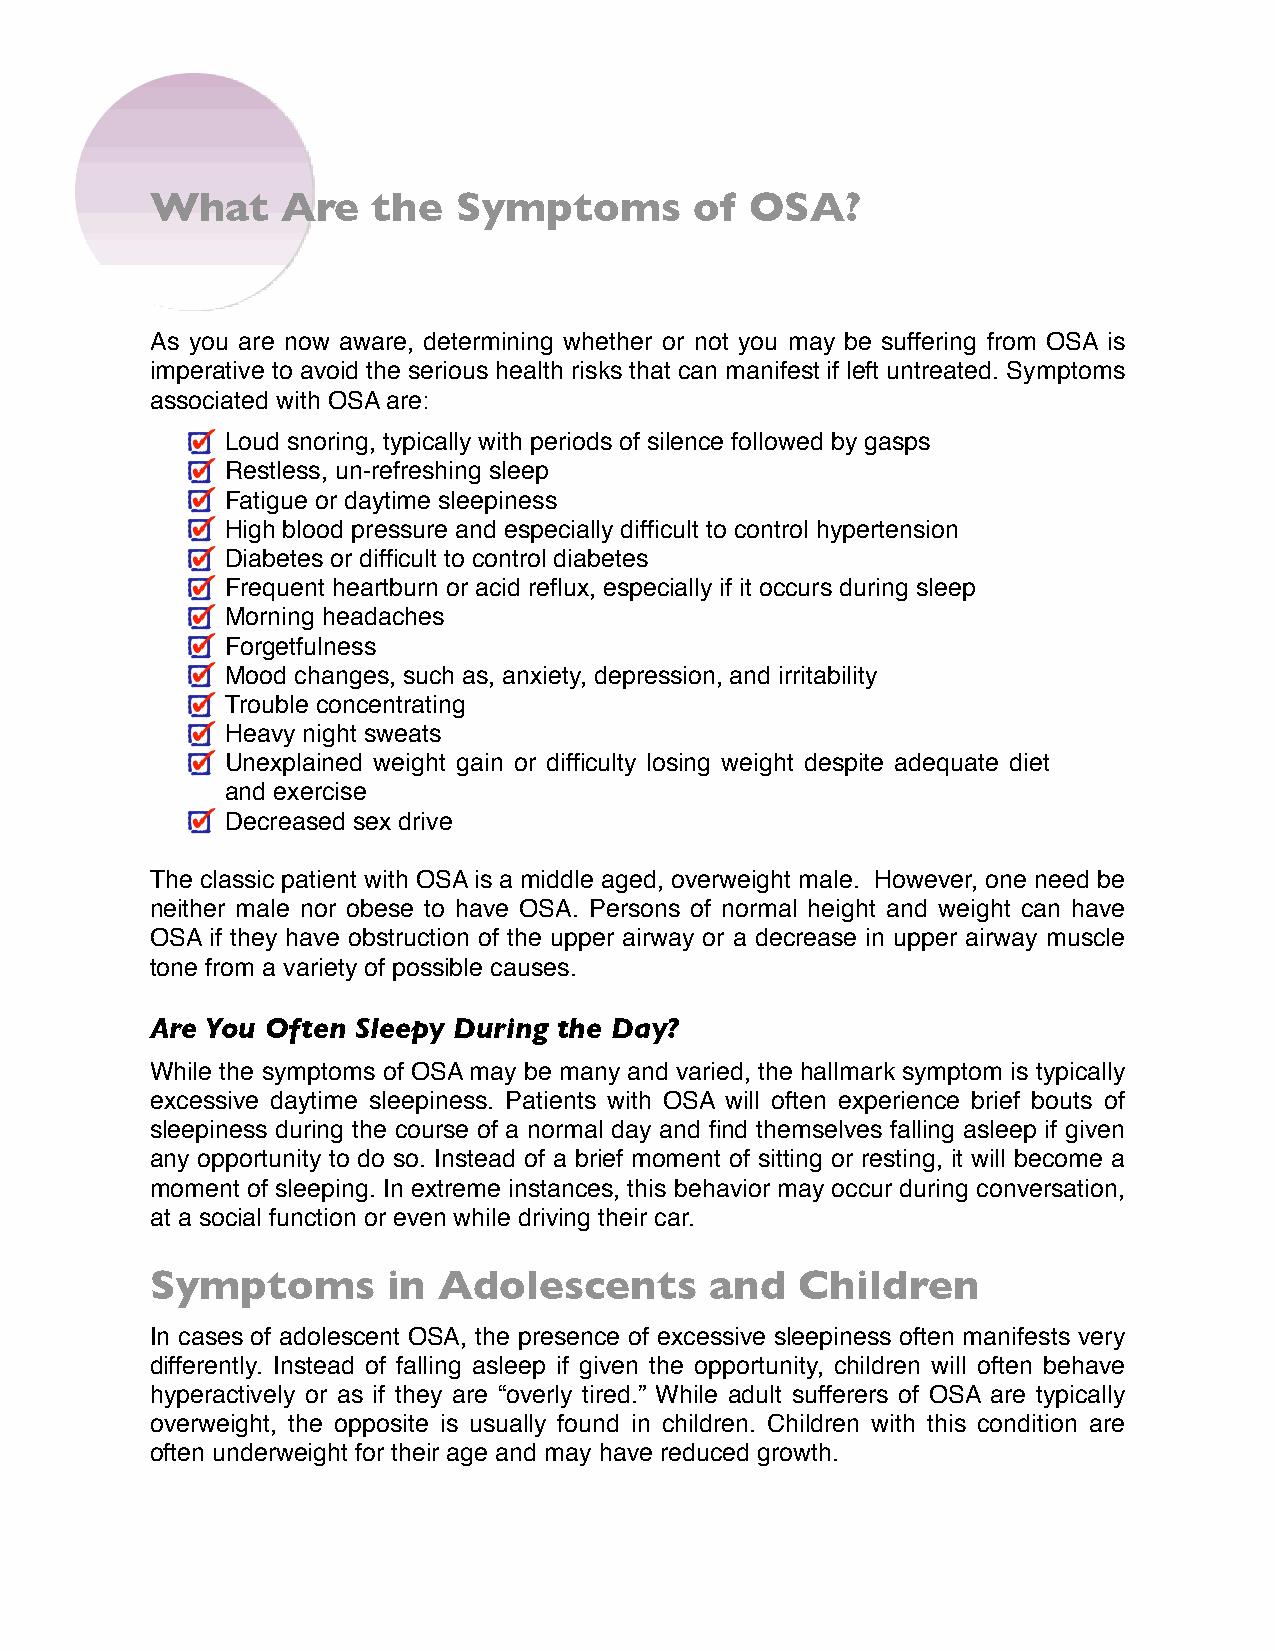
What     Are   the  Symptoms        of  OSA?
 As you are now aware, determining whether or not you may be suffering from OSA is
 imperative to avoid the serious health risks that can manifest if left untreated. Symptoms
 associated with OSA are:
 Loud snoring, typically with periods of silence followed by gasps
 Restless, un-refreshing sleep
 Fatigue or daytime sleepiness
 High blood pressure and especially difficult to control hypertension
 Diabetes or difficult to control diabetes
 Frequent heartburn or acid reflux, especially if it occurs during sleep
 Morning headaches
 Forgetfulness
 Mood changes, such as, anxiety, depression, and irritability
 Trouble concentrating
 Heavy night sweats
 Unexplained weight gain or difficulty losing weight despite adequate diet
 and exercise
 Decreased sex drive
 The classic patient with OSA is a middle aged, overweight male. However, one need be
 neither male nor obese to have OSA. Persons of normal height and weight can have
 OSA if they have obstruction of the upper airway or a decrease in upper airway muscle
 tone from a variety of possible causes.
 Are You Often Sleepy During the Day?
 While the symptoms of OSA may be many and varied, the hallmark symptom is typically
 excessive daytime sleepiness. Patients with OSA will often experience brief bouts of
 sleepiness during the course of a normal day and find themselves falling asleep if given
 any opportunity to do so. Instead of a brief moment of sitting or resting, it will become a
 moment of sleeping. In extreme instances, this behavior may occur during conversation,
 at a social function or even while driving their car.
 Symptoms        in Adolescents       and   Children
 In cases of adolescent OSA, the presence of excessive sleepiness often manifests very
 differently. Instead of falling asleep if given the opportunity, children will often behave
 hyperactively or as if they are “overly tired.” While adult sufferers of OSA are typically
 overweight, the opposite is usually found in children. Children with this condition are
 often underweight for their age and may have reduced growth.